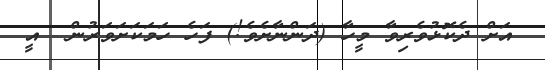
އަށް ދެކޮޅުވެރިވާ މީހާ (ދަންނާށެވެ!) ފަހެ ހަމަކަށަވަރުން  އީ